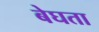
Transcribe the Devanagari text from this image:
बेघता